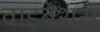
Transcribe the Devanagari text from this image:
वाइब्रेशंस